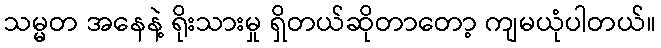
သမ္မတ အနေနဲ့ ရိုးသားမှု ရှိတယ်ဆိုတာတော့ ကျမယုံပါတယ်။